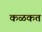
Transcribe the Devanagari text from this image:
कळकत